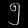
Digit: ၅